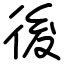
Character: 後